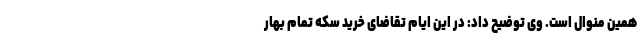
همین منوال است. وی توضیح داد: در این ایام تقاضای خرید سکه تمام بهار